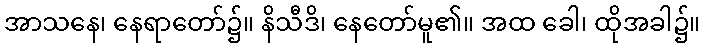
အာသနေ၊ နေရာတော်၌။ နိသီဒိ၊ နေတော်မူ၏။ အထ ခေါ၊ ထိုအခါ၌။